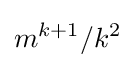
m^{k+1}/k^{2}